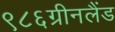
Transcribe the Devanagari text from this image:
९८६ग्रीनलैंड